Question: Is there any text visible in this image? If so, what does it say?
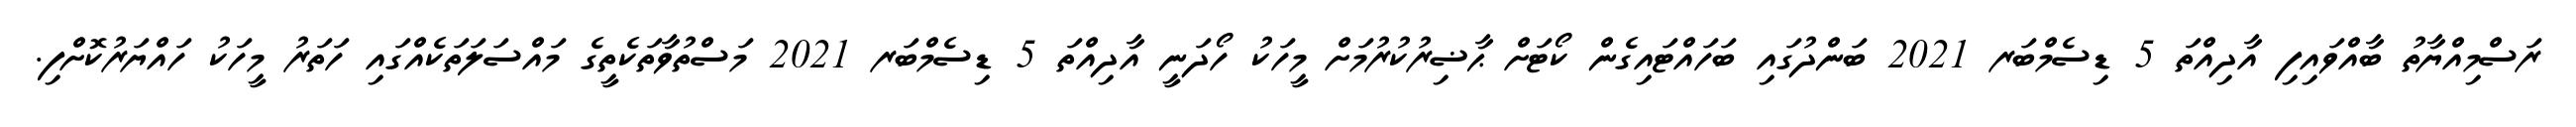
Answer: ރަސްމިއްޔާތު ބާއްވައިފި އާދިއްތަ 5 ޑިސެމްބަރ 2021 ބަންދުގައި ބަހައްޓައިގެން ކޯޓަށް ޙާޟިރުކުރުމަށް މީހަކު ހޯދަނީ އާދިއްތަ 5 ޑިސެމްބަރ 2021 މަސްތުވާތަކެތީގެ މައްސަލަތަކެއްގައި ހަތަރު މީހަކު ހައްޔަރުކޮށްފި.